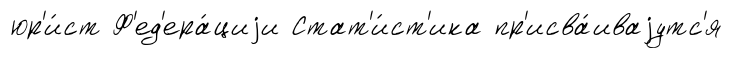
юр'и́ст Ф'ед'ера́циjи Стат'и́ст'ика пр'исва́иваjутс'я